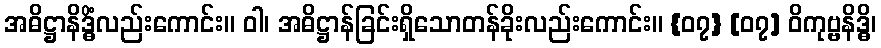
အဓိဋ္ဌာနိဒ္ဓိံလည်းကောင်း။ ဝါ၊ အဓိဋ္ဌာန်ခြင်းရှိသောတန်ခိုးလည်းကောင်း။ {၀၇} [၀၇] ဝိကုဗ္ဗနိဒ္ဓိ၊